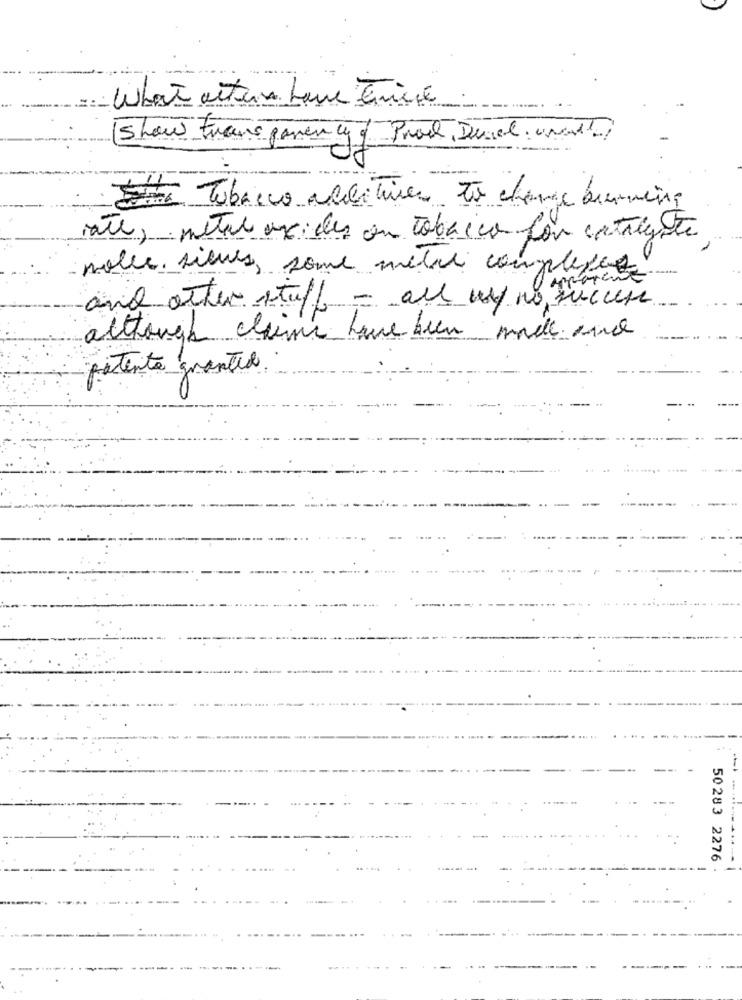
What acton Lave trice
show trans paren !
mented Prost, Duval. unit
Ste Tobacco additives to change brenning
inte, metal ux des ou tobacco for carrigate
solle. sieves, some métal complexe
and other stuff - all us/ no success
although claims have been made und
patente granted
50283 2276